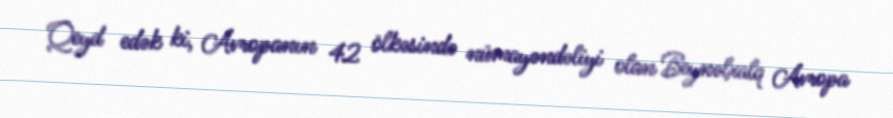
Qeyd edək ki, Avropanın 42 ölkəsində nümayəndəliyi olan Beynəlxalq Avropa